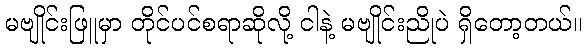
မဗျိုင်းဖြူမှာ တိုင်ပင်စရာဆိုလို့ ငါနဲ့ မဗျိုင်းညိုပဲ ရှိတော့တယ်။